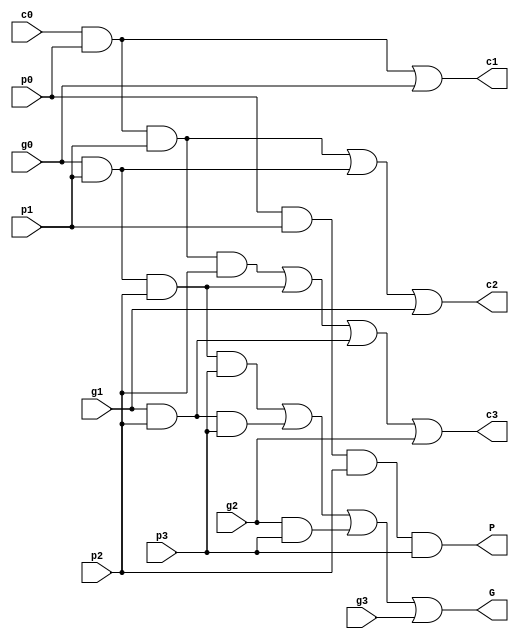
module carrylookahead_4bit
(
	/*port declare*/
	/*input*/
	input wire c0,
	input wire p0,
	input wire p1,
	input wire p2,
	input wire p3,
	input wire g0,
	input wire g1,
	input wire g2,
	input wire g3,
	/*output*/
	output wire c1,
	output wire c2,
	output wire c3,
	output wire G,
	output wire P
);
	assign c1 = (c0 && p0) || g0;
	assign c2 = (c0 && p0 && p1) || (g0 && p1) || g1;
	assign c3 = (c0 && p0 && p1 && p2) || (g0 && p1 && p2) || (g1 && p2) || g2;
	assign P =   p0 && p1 && p2 && p3;
	assign G = (g0 && p1 && p2 && p3) || (g1 && p2 && p3) || (g2 && p3) || g3;
endmodule